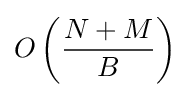
O\left({\frac {N+M}{B}}\right)